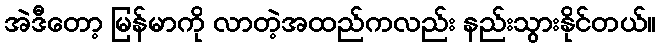
အဲဒီတော့ မြန်မာကို လာတဲ့အထည်ကလည်း နည်းသွားနိုင်တယ်။